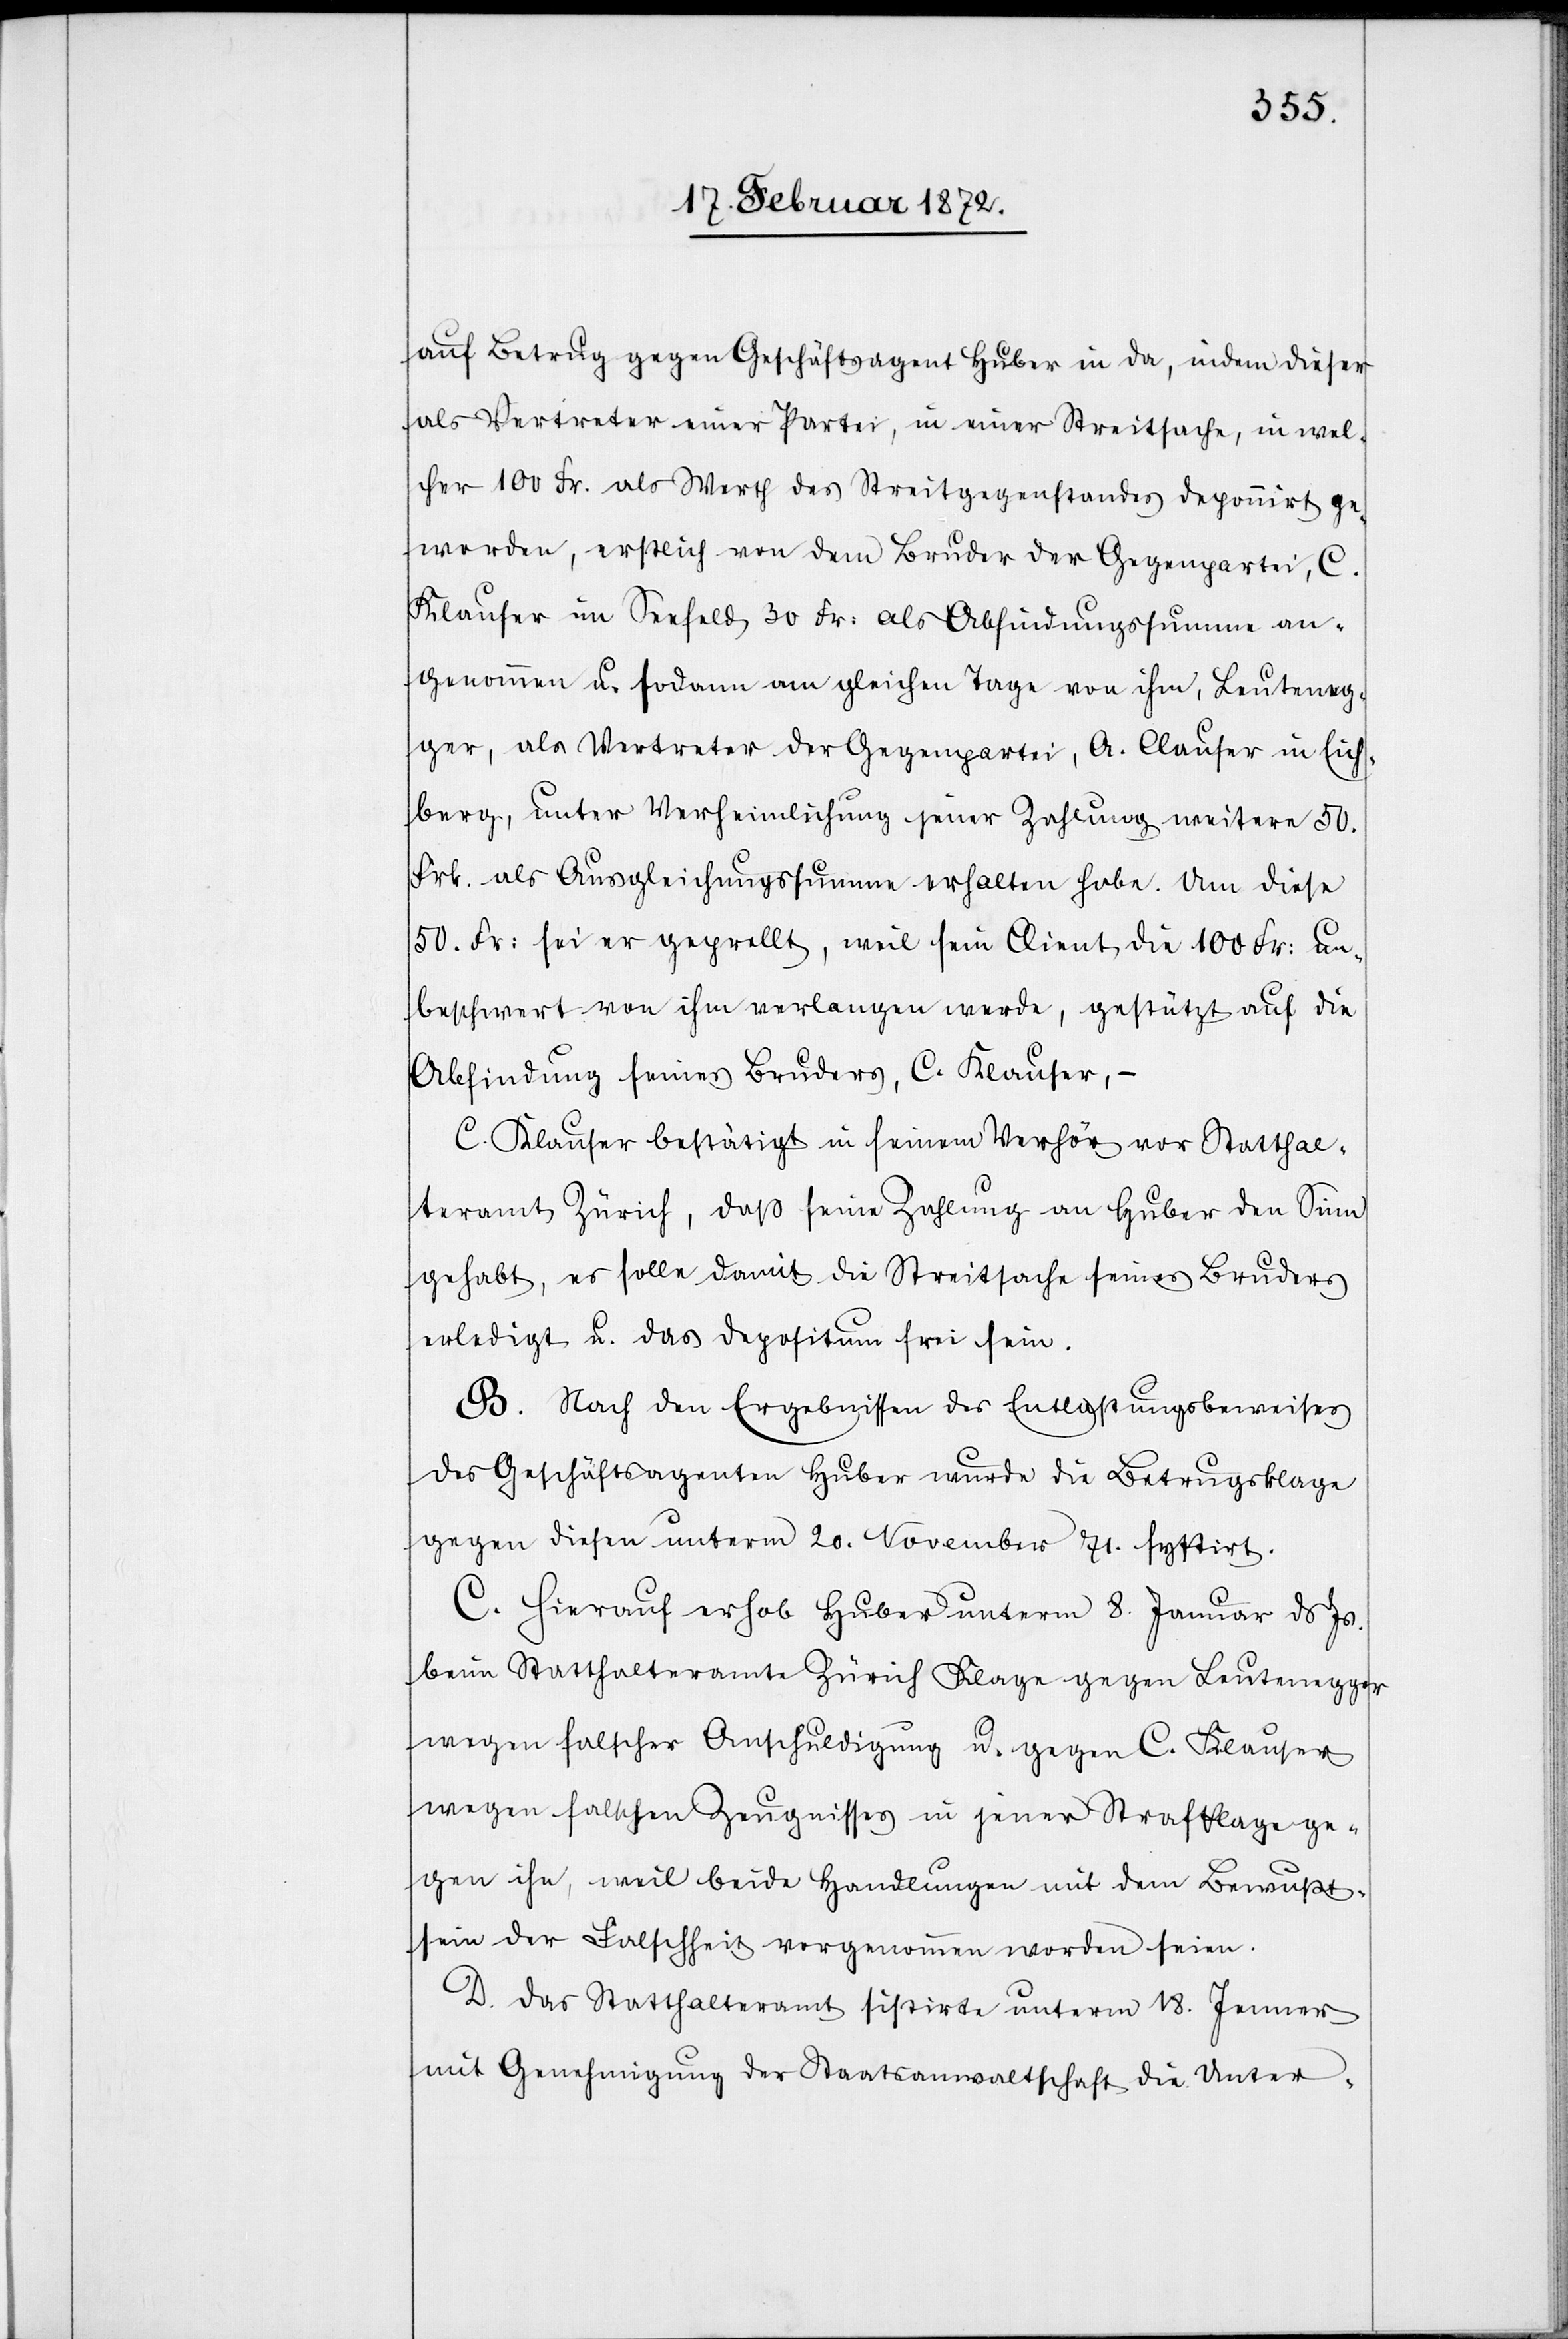
auf Betrug gegen Geschäftsagent Huber in da, indem dieser
als Vertreter einer Partei, in einer Streitsache, in wel¬
cher 100 Fr. als Werth des Streitgegenstandes deponirt ge¬
worden, erstlich von dem Bruder der Gegenpartei, C.
Klauser im Seefeld 30 Fr. als Abfindungssumme an¬
genommen u. sodann am gleichen Tage von ihm, Leuteneg¬
ger, als Vertreter der Gegenpartei, A. Clauser in Eich¬
berg, unter Verheimlichung jener Zahlung weitere 50.
Frk. als Ausgleichssumme erhalten habe. Um diese
50. Fr. sei er geprellt, weil sein Client die 100 Fr. un¬
beschwert von ihm verlangen werde, gestützt auf die
Abfindung seines Bruder, C. Klauser, –
C. Klauser bestätigt in seinem Verhör vor Statthal¬
teramt Zürich, daß seine Zahlung an Huber den Sinn
gehabt, es solle damit die Streitsache seines Bruders
erledigt u. das Depositum frei sein.
B. Nach den Ergebnissen des Entlastungsbeweises
des Geschäftsagenten Huber wurde die Betrugsklage
gegen diesen unterm 20. November 71. systirt.
C. Hierauf erhob Huber unterm 8. Januar ds Js.
beim Statthalteramte Zürich Klage gegen Leutenegger
wegen falscher Anschuldigung u. gegen C. Klauser
wegen falschen Zeugnisses in jener Strafklage ge¬
gen ihn, weil beide Handlungen mit dem Bewußt¬
sein der Falschheit vernommen worden seien.
D. Das Statthalteramt sistirte unterm 18. Jenner
mit Genehmigung der Staatsanwaltschaft die Unter-